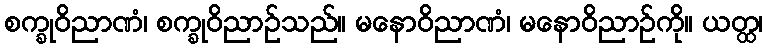
စက္ခုဝိညာဏံ၊ စက္ခုဝိညာဉ်သည်။ မနောဝိညာဏံ၊ မနောဝိညာဉ်ကို။ ယတ္ထ၊